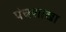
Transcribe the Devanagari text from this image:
पंचशाखा